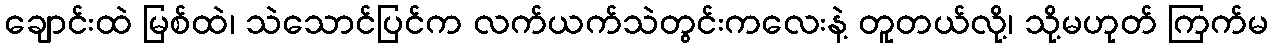
ချောင်းထဲ မြစ်ထဲ၊ သဲသောင်ပြင်က လက်ယက်သဲတွင်းကလေးနဲ့ တူတယ်လို့၊ သို့မဟုတ် ကြက်မ